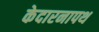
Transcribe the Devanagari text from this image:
केदारनापथ